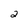
Character: 2